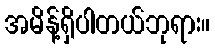
အမိန့်ရှိပါတယ်ဘုရား။